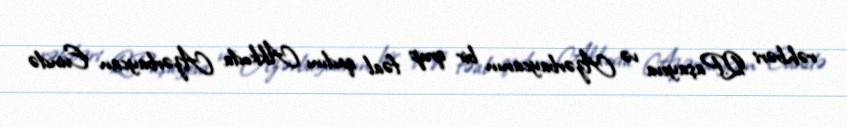
rəhbəri Q.Paşayeva və Azərbaycanın bir qrup fəal qadını Akkoda Azərbaycan Evində